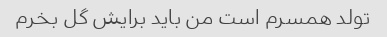
تولد همسرم است من باید برایش گل بخرم